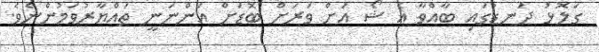
ގަލޮޅު ދަނޑުގައި ބާއްވާ އެ ޝޯ އަށް ވަރަށް ބޮޑަށް އަންނަނީ ތައްޔާރުވަމުންނެވެ.